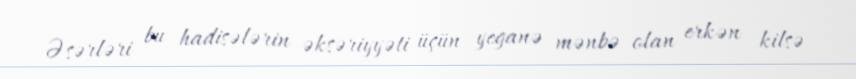
Əsərləri bu hadisələrin əksəriyyəti üçün yeganə mənbə olan erkən kilsə